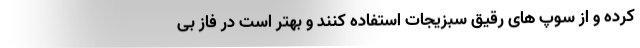
کرده و از سوپ های رقیق سبزیجات استفاده کنند و بهتر است در فاز بی